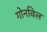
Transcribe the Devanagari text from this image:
गोनविल